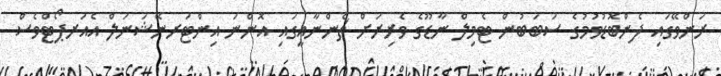
ރަންވޭގައި ފެންބޮޑުވުމުގެ ސަބަބުން ޓެމިލް ނާޑޫގެ ވެރިރަށް ޗެންނާއީގައި އޮންނަ އިންޓަރނޭޝަނަލް އެއަރޕޯޓްވެސް